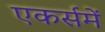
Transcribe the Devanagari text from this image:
एकर्समें